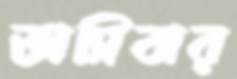
ভাসিবার